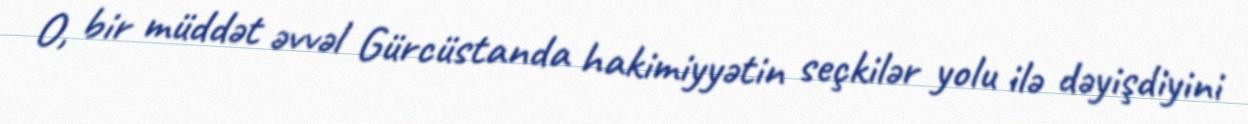
O, bir müddət əvvəl Gürcüstanda hakimiyyətin seçkilər yolu ilə dəyişdiyini